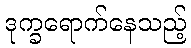
ဒုက္ခရောက်နေသည့်